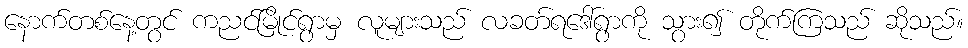
နောက်တစ်နေ့တွင် ကညင်မြိုင်ရွာမှ လူများသည် လခတ်ရဒေါ်ရွာကို သွား၍ တိုက်ကြသည် ဆိုသည်။